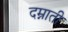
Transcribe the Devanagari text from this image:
दम्नाती